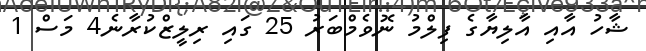
ޝާހު އާއި އާލިޔާގެ ފިލްމު ނޮވެމްބަރު 25 ގައި ރިލީޒްކުރާނެ4 މަސް 1